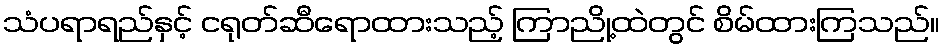
သံပရာရည်နှင့် ငရုတ်ဆီရောထားသည့် ကြာညို့ထဲတွင် စိမ်ထားကြသည်။